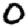
Digit: 0